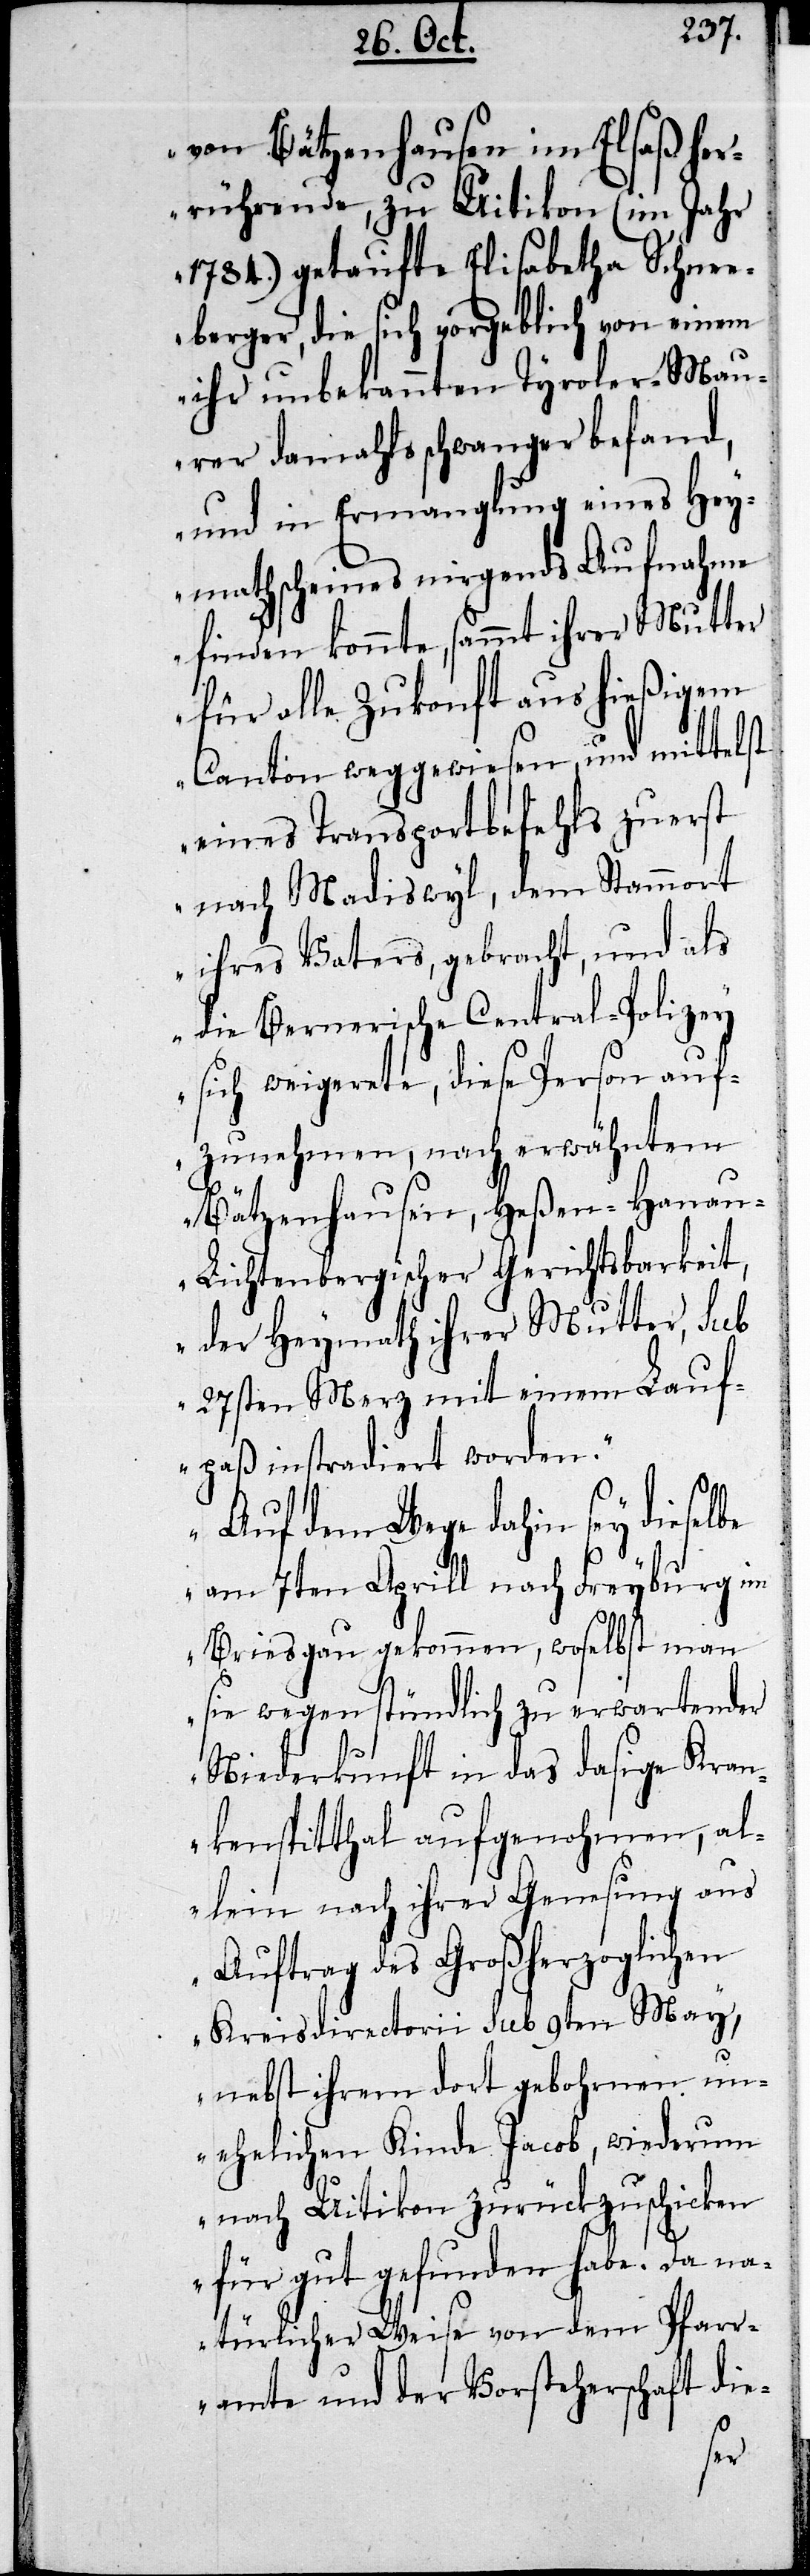
von Bätzenhausen im Elsaß her¬
rührenden, zu Uitikon (im Jahr
1784.) getaufte Elisabetha Schne¬
eberger, die sich vorgeblich von einem
ihr unbekannten Tyroler-Mau¬
rer damahls schwanger befand,
und in Ermanglung eines Hey¬
mathscheins nirgends Aufnahme
finden konnte, sammt ihrer Mutter
für alle Zukunft aus hießigem
Canton weggewiesen und mittelst
eines Transportbefehls zuerst
nach Madiswyl, dem Stammort
ihres Vaters, gebracht, und als
die Bernerische Central-Polizey
sich weigerte, diese Person auf¬
zunehmen, nach erwähntem
Bätzenhausen, Heßen-Hana¬
u-Lichtenbergischer Gerichtsbarkeit,
der Heymath ihrer Mutter, sub
27sten Merz mit einem Lauf¬
paß instradiert worden.
Auf dem Wege dahin sey dieselbe
am 7ten Aprill nach Freyburg im
Breisgau gekommen, woselbst man
sie wegen stündlich zu erwartender
Niederkunft in das dasige Kran¬
kenspitthal aufgenohmen, al¬
lein nach ihrer Genesung aus
Auftrag des Großherzoglichen
Kreisdirectorii sub 9ten May,
nebst ihrem dort gebohrnen un¬
ehelichen Kinde Jacob, wiederum
nach Uitikon zurückzuschicken
für gut gefunden habe. Da na¬
türlicher Weise von dem Pfar¬
ramte und der Vorsteherschaft die-